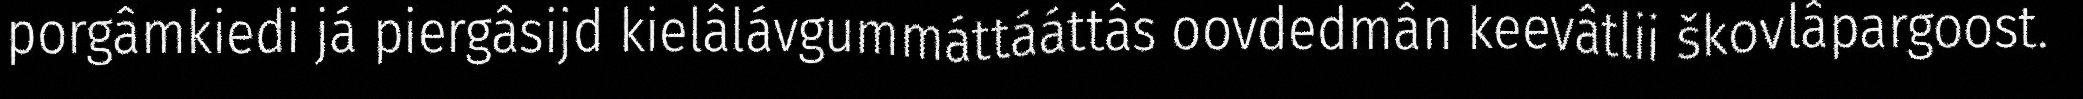
porgâmkiedi já piergâsijd kielâlávgummáttááttâs oovdedmân keevâtlii škovlâpargoost.